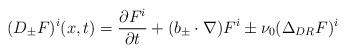
LaTeX: \begin{align*}(D_{\pm }F)^i(x,t)=\frac{\partial F^i}{\partial t}+(b_{\pm }\cdot \nabla)F^i\pm \nu _0(\Delta _{DR}F)^i\end{align*}